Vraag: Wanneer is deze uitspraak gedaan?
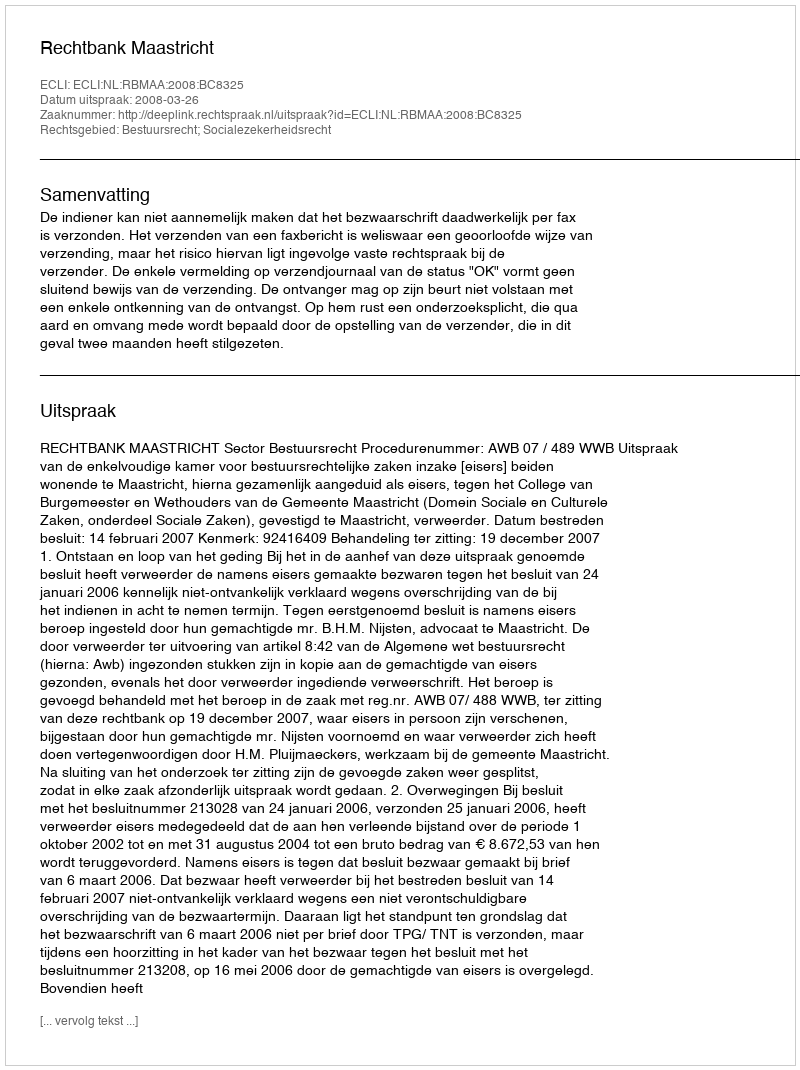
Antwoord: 2008-03-26